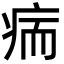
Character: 㾍